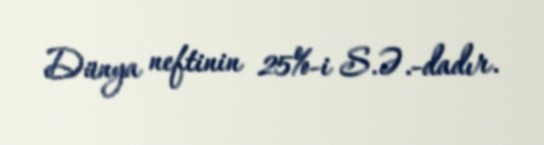
Dünya neftinin 25%-i S.Ə.-dadır.